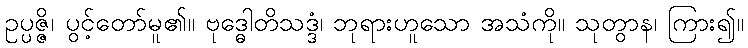
ဥပ္ပဇ္ဇိ၊ ပွင့်တော်မူ၏။ ဗုဒ္ဓေါတိသဒ္ဒံ၊ ဘုရားဟူသော အသံကို။ သုတွာန၊ ကြား၍။